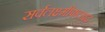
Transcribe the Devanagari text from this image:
सर्वलक्ष्मीफलप्रद